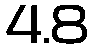
4.8